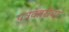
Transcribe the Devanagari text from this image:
पत्रकारीचा